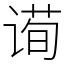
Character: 䜦